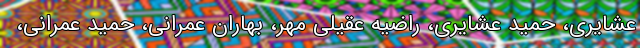
عشایری، حمید عشایری، راضیه عقیلی مهر، بهاران عمرانی، حمید عمرانی،